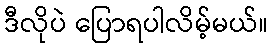
ဒီလိုပဲ ပြောရပါလိမ့်မယ်။